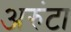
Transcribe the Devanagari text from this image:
अरुंटा